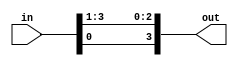

//////////////////////////////////////////////////////////////////////////////////
// Company: 	   COSIC, KU Leuven
// 
// Design Name: 
// Module Name:    A2_box 
// Project Name:   TI with Non-Uniform Inputs
// Target Devices: 
// Tool versions: 
// Description: 
//
// Dependencies: 
//
// Revision: 
// Revision 0.01 - File Created
// Additional Comments: 
//
//////////////////////////////////////////////////////////////////////////////////
module A2_box(
	input wire [3:0] in,
	output wire [3:0] out
);

	assign out[3] = in[0];
	assign out[2] = in[3];
	assign out[1] = in[2];
	assign out[0] = in[1];

endmodule